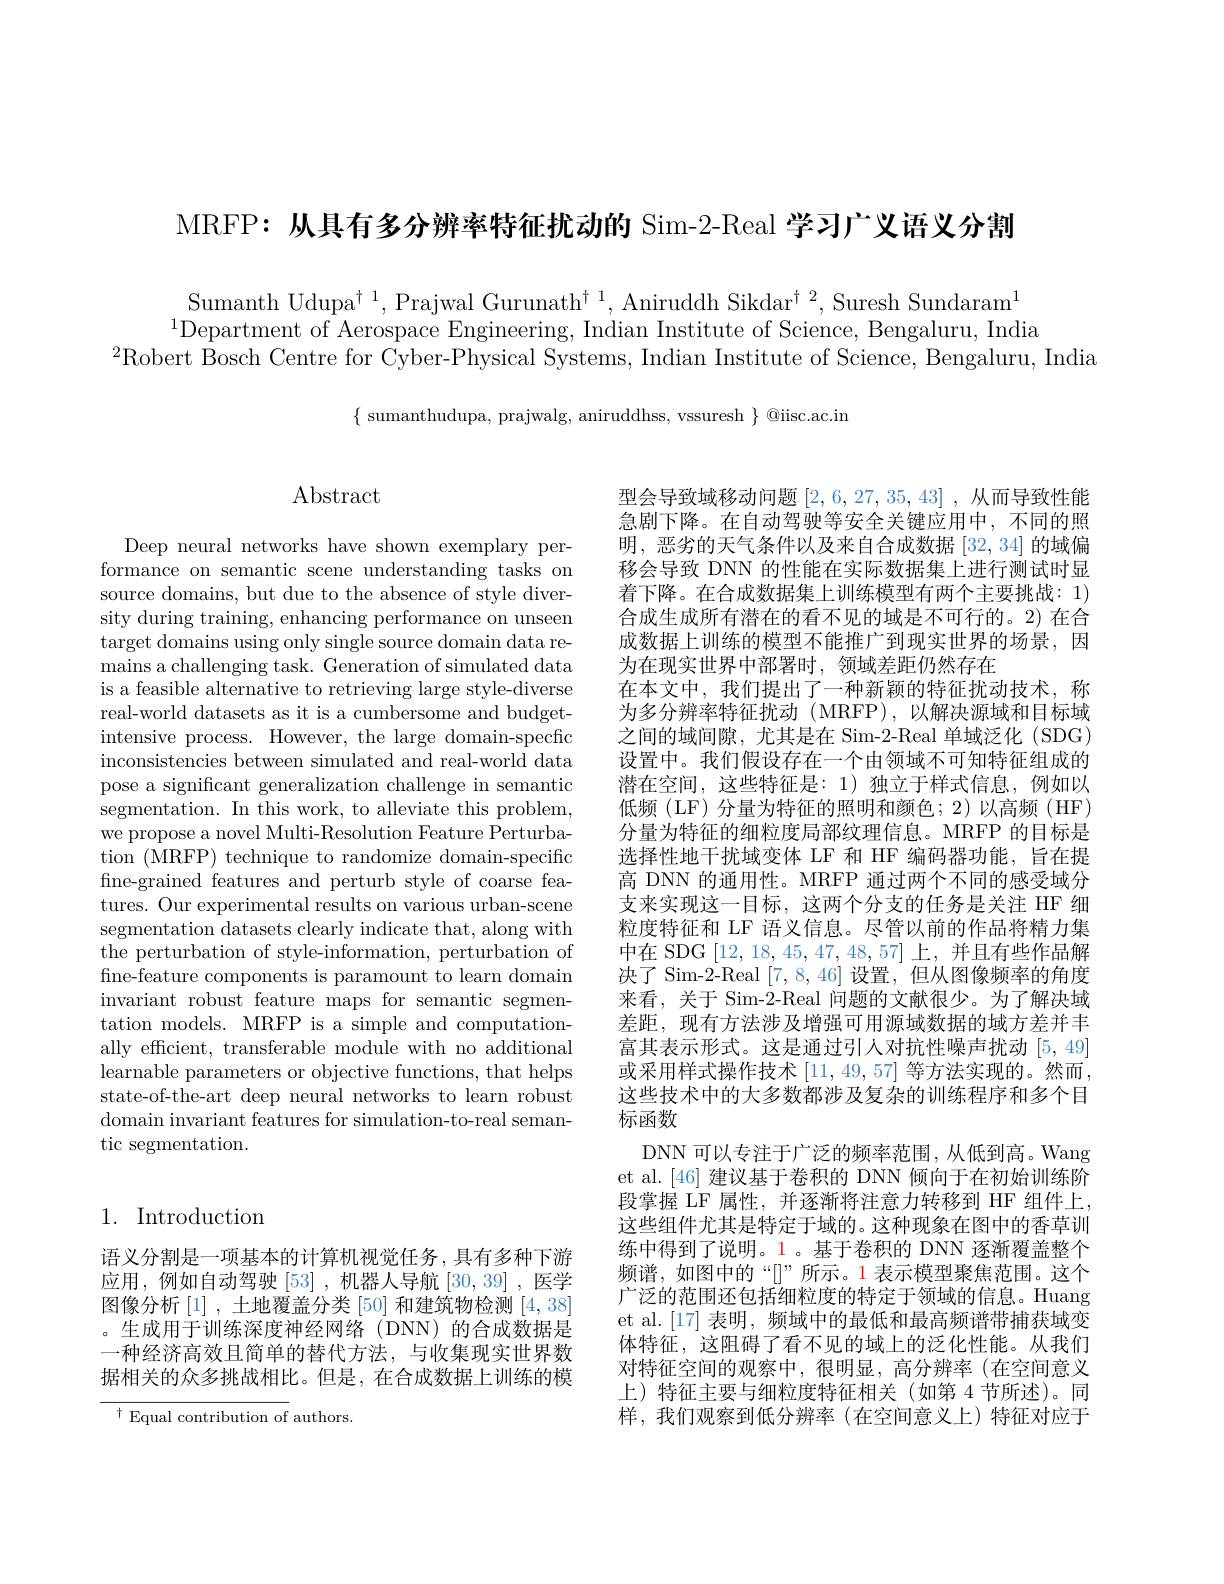
MRFP: 从具有多分辨率特征扰动的 Sim-2-Real 学习广义语义分割

Sumanth Udupa$^\dagger^1$,Prajwal Gurunath$^\dagger^1$,Aniruddh Sikdar$^\dagger^2$,Suresh Sundaram$^1$ $^{1}$Department of Aerospace Engineering, Indian Institute of Science, Bengaluru, India
$^{2}$Robert Bosch Centre for Cyber-Physical Systems, Indian Institute of Science, Bengaluru, India

$\{$ sumanthudupa, prajwalg, aniruddhss, vssuresh $\}$ @iisc.ac.in

# $\operatorname{Abstract}$

Deep neural networks have shown exemplary performance on semantic scene understanding tasks on source domains, but due to the absence of style diversity during training, enhancing performance on unseen target domains using only single source domain data remains a challenging task. Generation of simulated data is a feasible alternative to retrieving large style-diverse real-world datasets as it is a cumbersome and budgetintensive process. However, the large domain-specfic inconsistencies between simulated and real-world data pose a significant generalization challenge in semantic segmentation. In this work, to alleviate this problem, we propose a novel Multi-Resolution Feature Perturbation (MRFP) technique to randomize domain-specific fine-grained features and perturb style of coarse features. Our experimental results on various urban-scene segmentation datasets clearly indicate that, along with the perturbation of style-information, perturbation of fine-feature components is paramount to learn domain invariant robust feature maps for semantic segmentation models. MRFP is a simple and computationally efficient, transferable module with no additional learnable parameters or objective functions, that helps state-of-the-art deep neural networks to learn robust domain invariant features for simulation-to-real semantic segmentation.

## 1. Introduction

语义分割是一项基本的计算机视觉任务，具有多种下游应用，例如自动驾驶[53],机器人导航[30,39],医学图像分析[1] ,土地覆盖分类 [50] 和建筑物检测 [4,38] 。生成用于训练深度神经网络(DNN)的合成数据是一种经济高效且简单的替代方法，与收集现实世界数据相关的众多挑战相比。但是，在合成数据上训练的模

$^{\dagger}$Equal contribution of authors

型会导致域移动问题[2,6,27,35,43] ,从而导致性能急剧下降。在自动驾驶等安全关键应用中，不同的照明，恶劣的天气条件以及来自合成数据[32,34]的域偏移会导致 DNN 的性能在实际数据集上进行测试时显着下降。在合成数据集上训练模型有两个主要挑战：1) 合成生成所有潜在的看不见的域是不可行的。2) 在合成数据上训练的模型不能推广到现实世界的场景，因为在现实世界中部署时，领域差距仍然存在
在本文中，我们提出了一种新颖的特征扰动技术，称为多分辨率特征扰动(MRFP),以解决源域和目标域之间的域间隙，尤其是在 Sim-2-Real 单域泛化 (SDG) 设置中。我们假设存在一个由领域不可知特征组成的潜在空间，这些特征是：1)独立于样式信息，例如以低频 (LF) 分量为特征的照明和颜色；2)以高频 (HF) 分量为特征的细粒度局部纹理信息。MRFP 的目标是选择性地干扰域变体 LF 和 HF 编码器功能，旨在提高 DNN 的通用性。MRFP 通过两个不同的感受域分支来实现这一目标，这两个分支的任务是关注 HF 细粒度特征和 LF 语义信息。尽管以前的作品将精力集中在 SDG [12,18,45,47,48,57]上，并且有些作品解决了 Sim-2-Real [7,8,46]设置，但从图像频率的角度来看，关于 Sim-2-Real 问题的文献很少。为了解决域差距，现有方法涉及增强可用源域数据的域方差并丰富其表示形式。这是通过引人对抗性噪声扰动[5,49] 或采用样式操作技术[11,49,57]等方法实现的。然而， 这些技术中的大多数都涉及复杂的训练程序和多个目标函数
DNN 可以专注于广泛的频率范围，从低到高。Wang et al.[46] 建议基于卷积的 DNN 倾向于在初始训练阶段掌握 LF 属性，并逐渐将注意力转移到 HF 组件上， 这些组件尤其是特定于域的。这种现象在图中的香草训练中得到了说明。1。基于卷积的 DNN 逐渐覆盖整个频谱，如图中的“[]”所示。1 表示模型聚焦范围。这个广泛的范围还包括细粒度的特定于领域的信息。Huang et al.[17] 表明，频域中的最低和最高频谱带捕获域变体特征，这阻碍了看不见的域上的泛化性能。从我们对特征空间的观察中，很明显，高分辨率(在空间意义上)特征主要与细粒度特征相关(如第 4 节所述)。同样，我们观察到低分辨率(在空间意义上)特征对应于